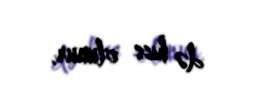
də hiss olunur.